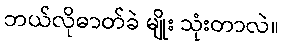
ဘယ်လိုဓာတ်ခဲ မျိုး သုံးတာလဲ။